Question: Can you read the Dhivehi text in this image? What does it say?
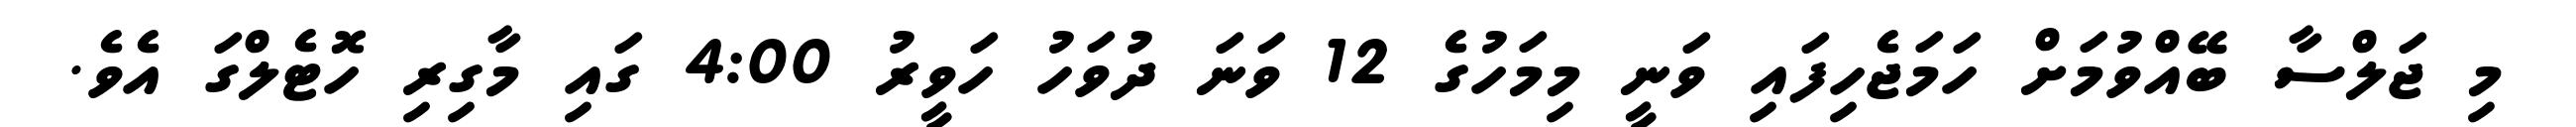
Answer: މި ޖަލްސާ ބޭއްވުމަށް ހަމަޖެހިފައި ވަނީ މިމަހުގެ 12 ވަނަ ދުވަހު ހަވީރު 4:00 ގައި މާގިރި ހޮޓެލްގަ އެވެ.